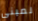
لمبنى